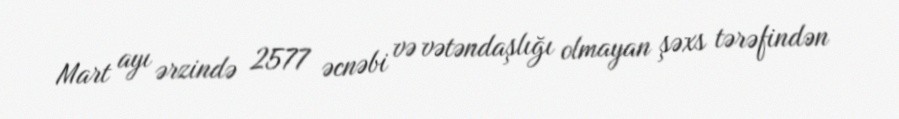
Mart ayı ərzində 2577 əcnəbi və vətəndaşlığı olmayan şəxs tərəfindən